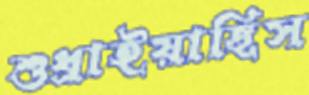
শুধ্‌রাইয়াছিস